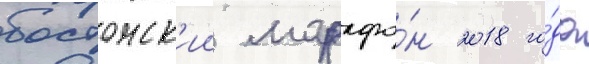
бостонск'ии марафо́н 2018 го́да